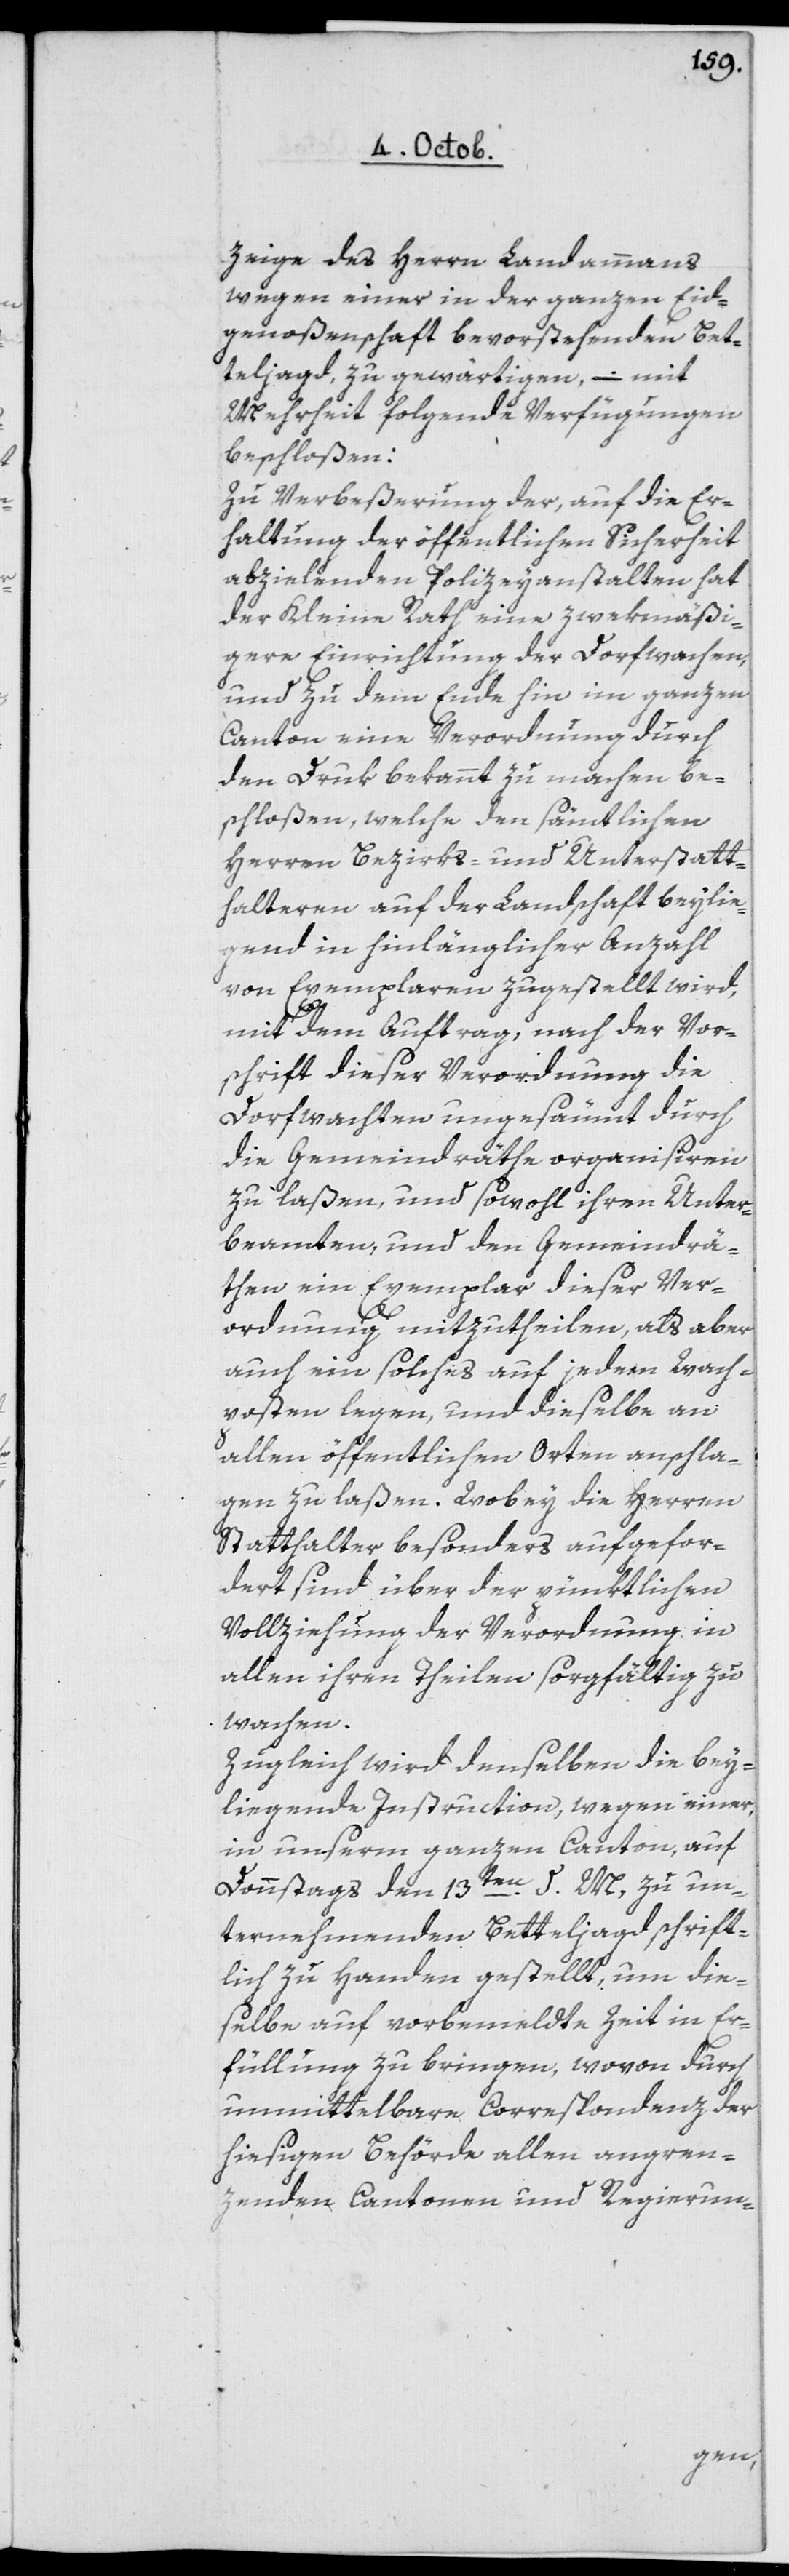
zeige des Herrn Landammanns
wegen einer in der ganzen Eyd¬
genoßenschaft bevorstehenden Bet¬
teljagd zu gewärtigen, – mit
Mehrheit folgende Verfügungen
beschloßen:
Zu Verbeßerung der, auf die Er¬
haltung der öffentlichen Sicherheit
abzielenden Polizeyanstalten hat
der Kleine Rath eine zweckmäßi¬
gere Einrichtung der Dorfwachen,
und zu dem Ende hin im ganzen
Canton eine Verordnung durch
den Druk bekannt zu machen be¬
schlosen, welche den sämtlichen
Herren Bezirks- und Unterstatt¬
halteren auf der Landschaft beylie¬
gend in hinlänglicher Anzahl
von Exemplaren zugestellt wird,
mit dem Auftrag, nach der Vor¬
schrift dieser Verordnung die
Dorfwachten ungesäumt durch
die Gemeindräthe organisiren
zu laßen, und sowohl ihren Unter¬
beamten, und den Gemeindrä¬
then ein Exemplar dieser Ver¬
ordnung mitzutheilen, als aber
auch ein solches auf jeden Wach¬
posten legen, und dieselbe an
allen öffentlichen Orten anschla¬
gen zu laßen. Wobey die Herren
Statthalter besonders aufgefor¬
dert sind, über der pünktlichen
Vollziehung der Verordnung in
allen ihren Theilen sorgfältig zu
wachen.
Zugleich wird denselben die bey¬
liegende Instruction, wegen einer,
in unserm ganzen Canton, auf
Donnstag den 13ten d. M. zu un¬
ternehmender Betteljagd schrift¬
lich zu Handen gestellt, um die¬
selbe auf vorbemeldte Zeit in Er¬
füllung zu bringen, wovon durch
unmittelbare Correspondenz der
hiesigen Behörde allen angren¬
zenden Cantonen und Regierun-